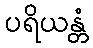
ပရိယန္တံ